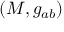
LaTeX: ( M , g _ { a b } )